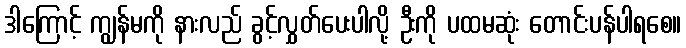
ဒါကြောင့် ကျွန်မကို နားလည် ခွင့်လွှတ်ပေးပါလို့ ဦးကို ပထမဆုံး တောင်းပန်ပါရစေ။